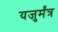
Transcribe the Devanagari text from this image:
यजुर्मंत्र